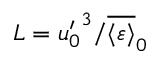
L = { u _ { 0 } ^ { \prime } } ^ { 3 } / \overline { { \langle \varepsilon \rangle } } _ { 0 }